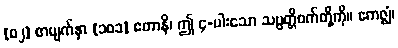
[၀၂] စာမျက်နှာ [၁၀၁] ဧတာနိ၊ ဤ ၄-ပါးသော သမ္ပတ္တိစက်တို့ကို။ ဧကဇ္ဈံ၊